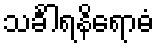
သင်္ခါရနိရောဓံ